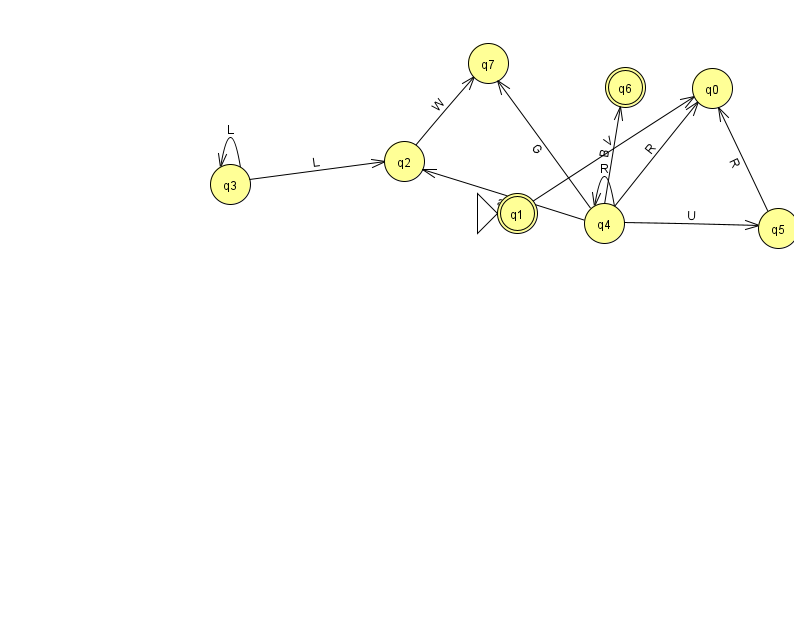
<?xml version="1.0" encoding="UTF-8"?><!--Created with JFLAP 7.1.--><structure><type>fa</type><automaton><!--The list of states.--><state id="0" name="q0"><x>712.0</x><y>75.0</y></state><state id="1" name="q1"><x>517.0</x><y>200.0</y><initial/><final/></state><state id="2" name="q2"><x>404.0</x><y>148.0</y></state><state id="3" name="q3"><x>230.0</x><y>171.0</y></state><state id="4" name="q4"><x>604.0</x><y>210.0</y></state><state id="5" name="q5"><x>778.0</x><y>215.0</y></state><state id="6" name="q6"><x>625.0</x><y>74.0</y><final/></state><state id="7" name="q7"><x>488.0</x><y>50.0</y></state><!--The list of transitions.--><transition><from>4</from><to>5</to><read>U</read></transition><transition><from>4</from><to>2</to><read>a</read></transition><transition><from>4</from><to>4</to><read>R</read></transition><transition><from>2</from><to>7</to><read>W</read></transition><transition><from>4</from><to>7</to><read>G</read></transition><transition><from>4</from><to>6</to><read>B</read></transition><transition><from>4</from><to>0</to><read>R</read></transition><transition><from>3</from><to>3</to><read>L</read></transition><transition><from>1</from><to>0</to><read>V</read></transition><transition><from>3</from><to>2</to><read>L</read></transition><transition><from>5</from><to>0</to><read>R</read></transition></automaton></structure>